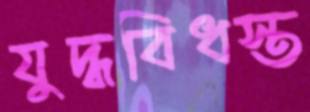
যুদ্ধবিধস্ত